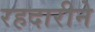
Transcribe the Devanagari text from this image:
रहदारीने